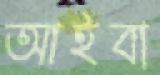
আইবা